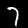
Label: 7